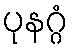
ပုနဂ္ဂံ